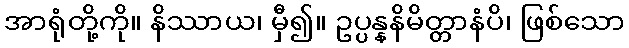
အာရုံတို့ကို။ နိဿာယ၊ မှီ၍။ ဥပ္ပန္နနိမိတ္တာနံပိ၊ ဖြစ်သော